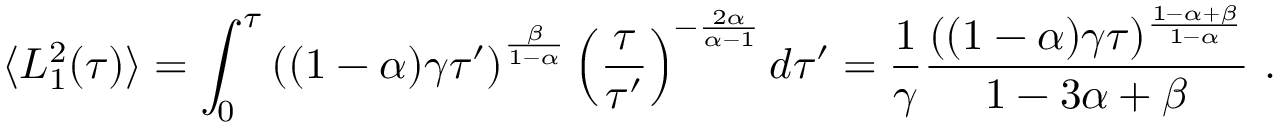
\langle L _ { 1 } ^ { 2 } ( \tau ) \rangle = \int _ { 0 } ^ { \tau } \left( ( 1 - \alpha ) \gamma \tau ^ { \prime } \right) ^ { \frac { \beta } { 1 - \alpha } } \left( \frac { \tau } { \tau ^ { \prime } } \right) ^ { - \frac { 2 \alpha } { \alpha - 1 } } d \tau ^ { \prime } = \frac { 1 } { \gamma } \frac { ( ( 1 - \alpha ) \gamma \tau ) ^ { \frac { 1 - \alpha + \beta } { 1 - \alpha } } } { 1 - 3 \alpha + \beta } \ .